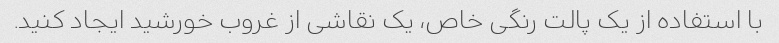
با استفاده از یک پالت رنگی خاص، یک نقاشی از غروب خورشید ایجاد کنید.